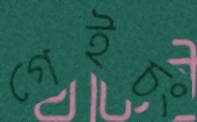
গেইচং